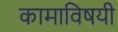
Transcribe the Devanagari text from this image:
कामाविषयी